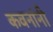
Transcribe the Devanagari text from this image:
कवनांनी